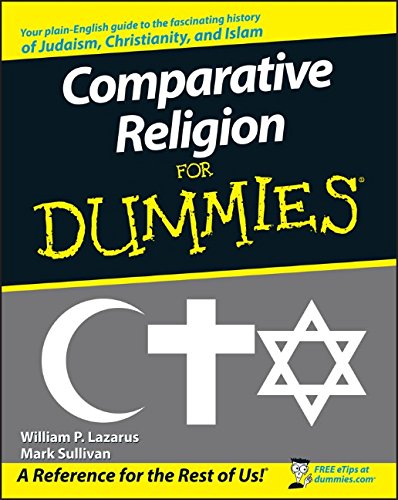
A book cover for Comparative Religion For Dummies; William P. Lazarus; Literature & Fiction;